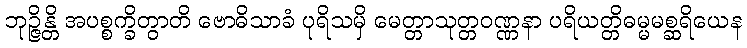
ဘုဉ္ဇိန္တိ အပစ္စက္ခိတွာတိ ဗောဓိသာခံ ပုရိသမှိ မေတ္တာသုတ္တဝဏ္ဏနာ ပရိယတ္တိဓမ္မမစ္ဆရိယေန